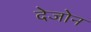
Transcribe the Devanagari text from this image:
देजोन